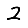
Digit: 2